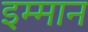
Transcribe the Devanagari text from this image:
इम्मान